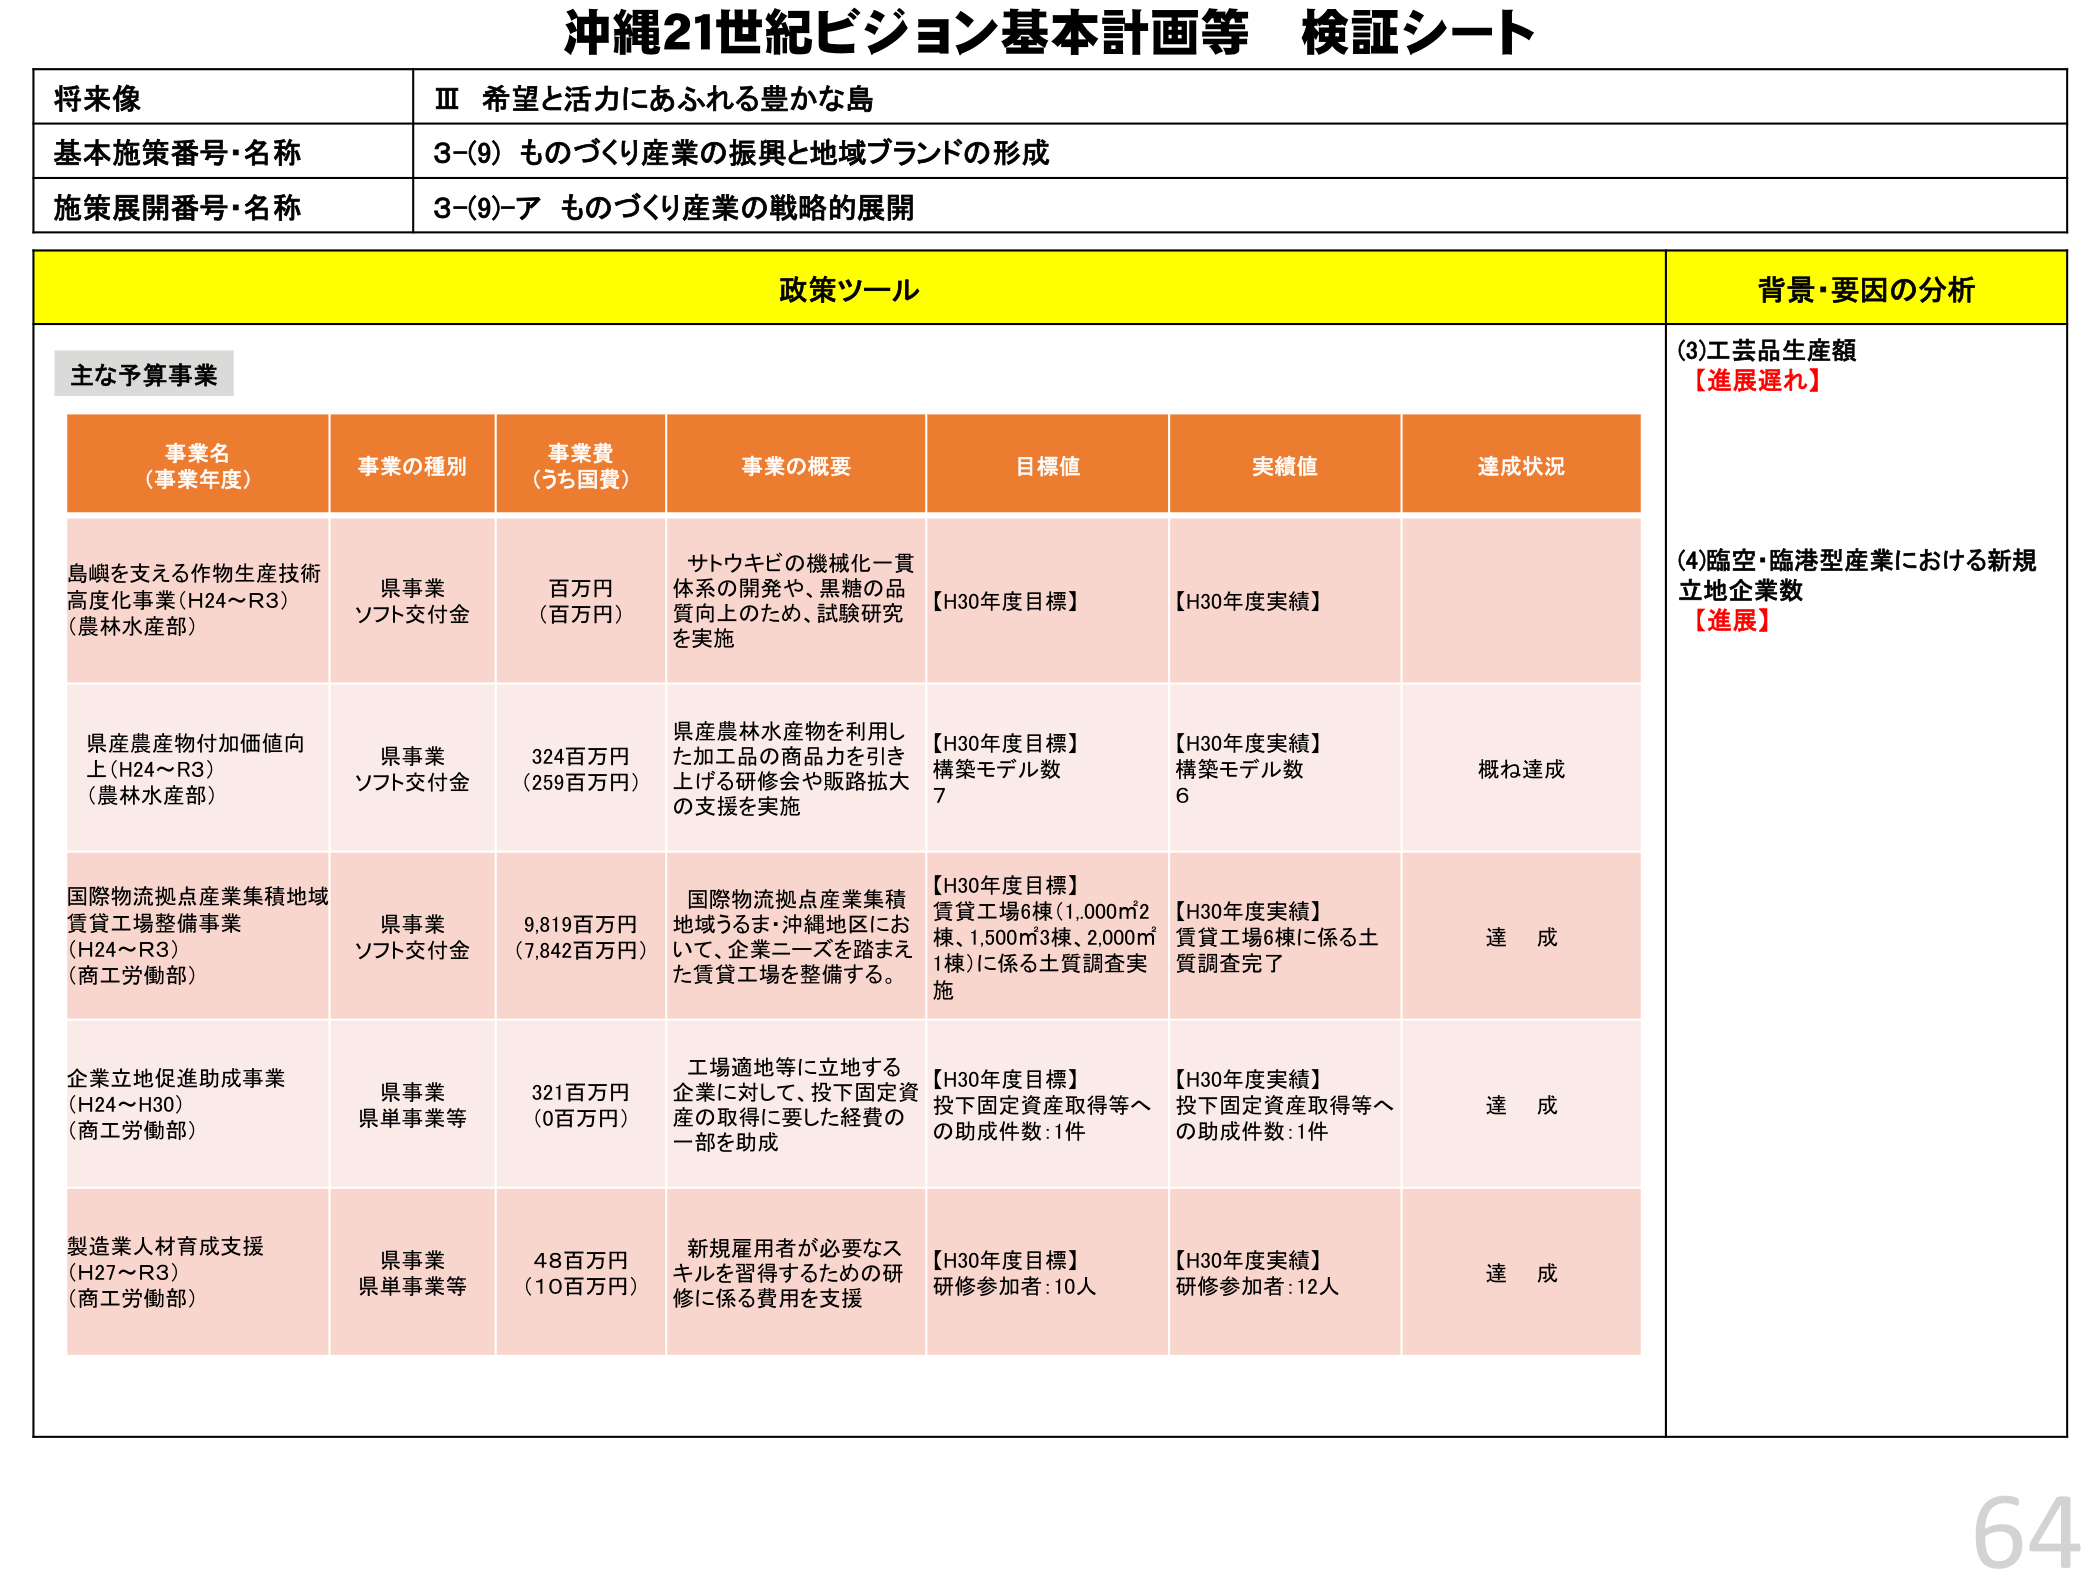
沖縄21世紀ビジョン基本計画等 検証シート

将来像
Ⅲ 希望と活力にあふれる豊かな島

基本施策番号・名称
3-(9) ものづくり産業の振興と地域ブランドの形成

施策展開番号・名称
3-(9)-ア ものづくり産業の戦略的展開

政策ツール
背景・要因の分析

主な予算事業

事業名（事業年度）
事業の種別
事業費（うち国費）
事業の概要
目標値
実績値
達成状況

島嶼を支える作物生産技術高度化事業（H24～R3）（農林水産部）
県事業
ソフト交付金
百万円（百万円）
サトウキビの機械化一貫体系の開発や、黒糖の品質向上のため、試験研究を実施
【H30年度目標】
【H30年度実績】
（3）工芸品生産額
【進展遅れ】

県産農産物付加価値向上（H24～R3）（農林水産部）
県事業
ソフト交付金
324百万円（259百万円）
県産農林水産物を利用した加工品の商品力を引き上げる研修会や販路拡大の支援を実施
【H30年度目標】構築モデル数 7
【H30年度実績】構築モデル数 6
概ね達成

国際物流拠点産業集積地域賃貸工場整備事業（H24～R3）（商工労働部）
県事業
ソフト交付金
9,819百万円（7,842百万円）
国際物流拠点産業集積地域うるま・沖縄地区において、企業ニーズを踏まえた賃貸工場を整備する。
【H30年度目標】賃貸工場6棟（1,000㎡2棟、1,500㎡3棟、2,000㎡1棟）に係る土質調査実施
【H30年度実績】賃貸工場6棟に係る土質調査完了
達成

企業立地促進助成事業（H24～H30）（商工労働部）
県事業
県単事業等
321百万円（0百万円）
工場適地等に立地する企業に対して、投下固定資産の取得に要した経費の一部を助成
【H30年度目標】投下固定資産取得等への助成件数：1件
【H30年度実績】投下固定資産取得等への助成件数：1件
達成

製造業人材育成支援（H27～R3）（商工労働部）
県事業
県単事業等
48百万円（10百万円）
新規雇用者が必要なスキルを習得するための研修に係る費用を支援
【H30年度目標】研修参加者：10人
【H30年度実績】研修参加者：12人
達成

（4）臨空・臨港型産業における新規立地企業数
【進展】

64